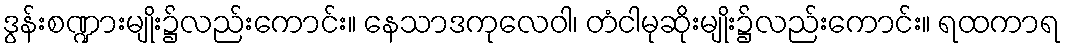
ဒွန်းစဏ္ဍားမျိုး၌လည်းကောင်း။ နေသာဒကုလေဝါ၊ တံငါမုဆိုးမျိုး၌လည်းကောင်း။ ရထကာရ